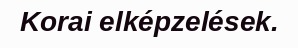
Korai elképzelések.